Calcutta medical institutions reports 1879-81 [i.e.91]
Year: 1879
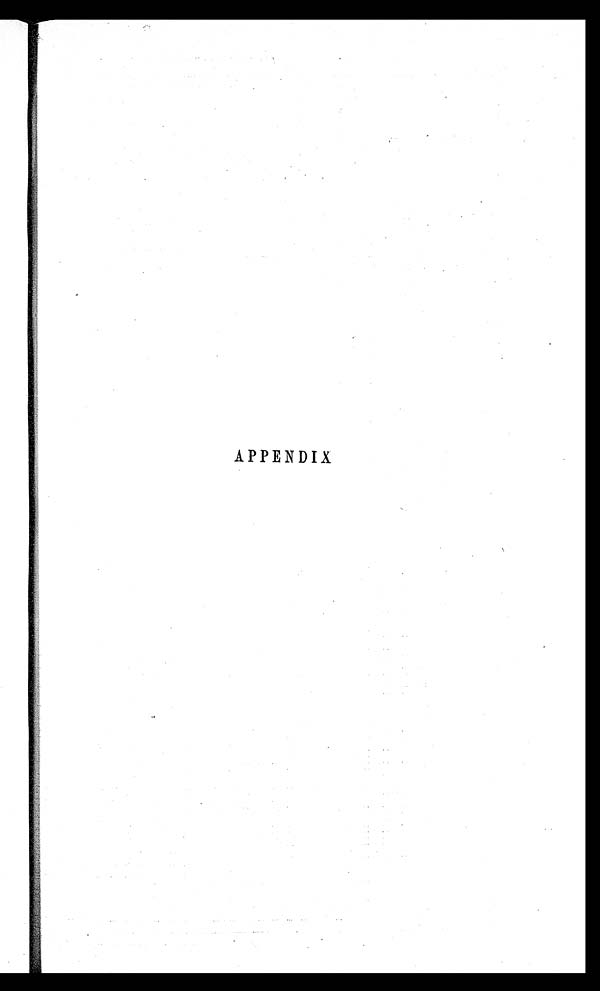
APPENDIX